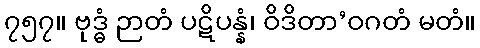
၇၅၇။ ဗုဒ္ဓံ ဉာတံ ပဋိပန္နံ၊ ဝိဒိတာ’ဝဂတံ မတံ။